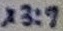
Text: X3:7